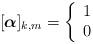
LaTeX: \begin{align*} [\boldsymbol{\alpha}]_{k,m}=\left\{ \begin{array}{rl} 1 & \\ 0 & \end{array} \right.\end{align*}